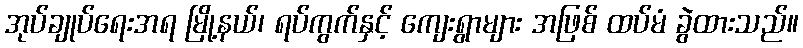
အုပ်ချုပ်ရေးအရ မြို့နယ်၊ ရပ်ကွက်နှင့် ကျေးရွာများ အဖြစ် ထပ်မံ ခွဲထားသည်။